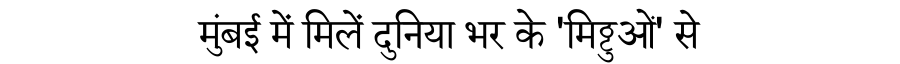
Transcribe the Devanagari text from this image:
मुंबई में मिलें दुनिया भर के 'मिट्ठुओं' से